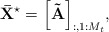
\begin{align*} {{\bf{\bar X}}^{\star}} = {\left[ {{\bf{\tilde A}}} \right]_{:,1:{M_t}}}, \end{align*}